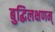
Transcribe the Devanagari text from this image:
बुद्धिलक्षणम्‌